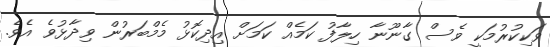
ވަކިކުރުމަކީ ވެސް ގާނޫނާ ހިލާފު ކަމެއް ކަމަށް އިދިކޮޅު މެމްބަރުން ވިދާޅުވެ އެވެ.